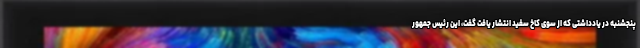
پنجشنبه در یادداشتی که از سوی کاخ سفید انتشار یافت گفت، این رئیس جمهور